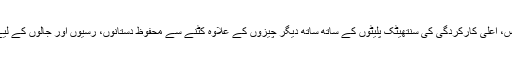
مثال کے طور پر اسے بلٹ پروف پلیٹوں، ٹیوبس، اعلیٰ کارکردگی کی سنتھیٹک پلیٹوں کے ساتھ ساتھ دیگر چیزوں کے علاوہ کٹنے سے محفوظ دستانوں، رسیوں اور جالوں کے لیے پتلی ٹیپوں میں بھی استعمال کیا جا سکتا ہے۔